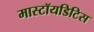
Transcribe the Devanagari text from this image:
मास्टॉयडिटिस